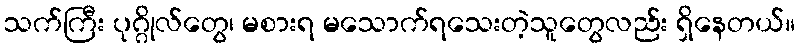
သက်ကြီး ပုဂ္ဂိုလ်တွေ၊ မစားရ မသောက်ရသေးတဲ့သူတွေလည်း ရှိနေတယ်။